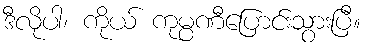
ဒီလိုပါ၊ ကိုယ် ကုမ္ပဏီပြောင်းသွားပြီ။